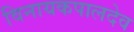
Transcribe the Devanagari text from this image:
विनायकपालदेव